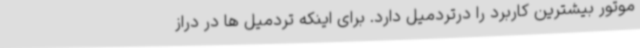
موتور بیشترین کاربرد را درتردمیل دارد. برای اینکه تردمیل ها در دراز